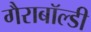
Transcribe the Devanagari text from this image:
गैराबॉल्डी